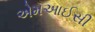
એમઆઈસી